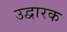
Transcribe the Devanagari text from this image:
उद्वारक